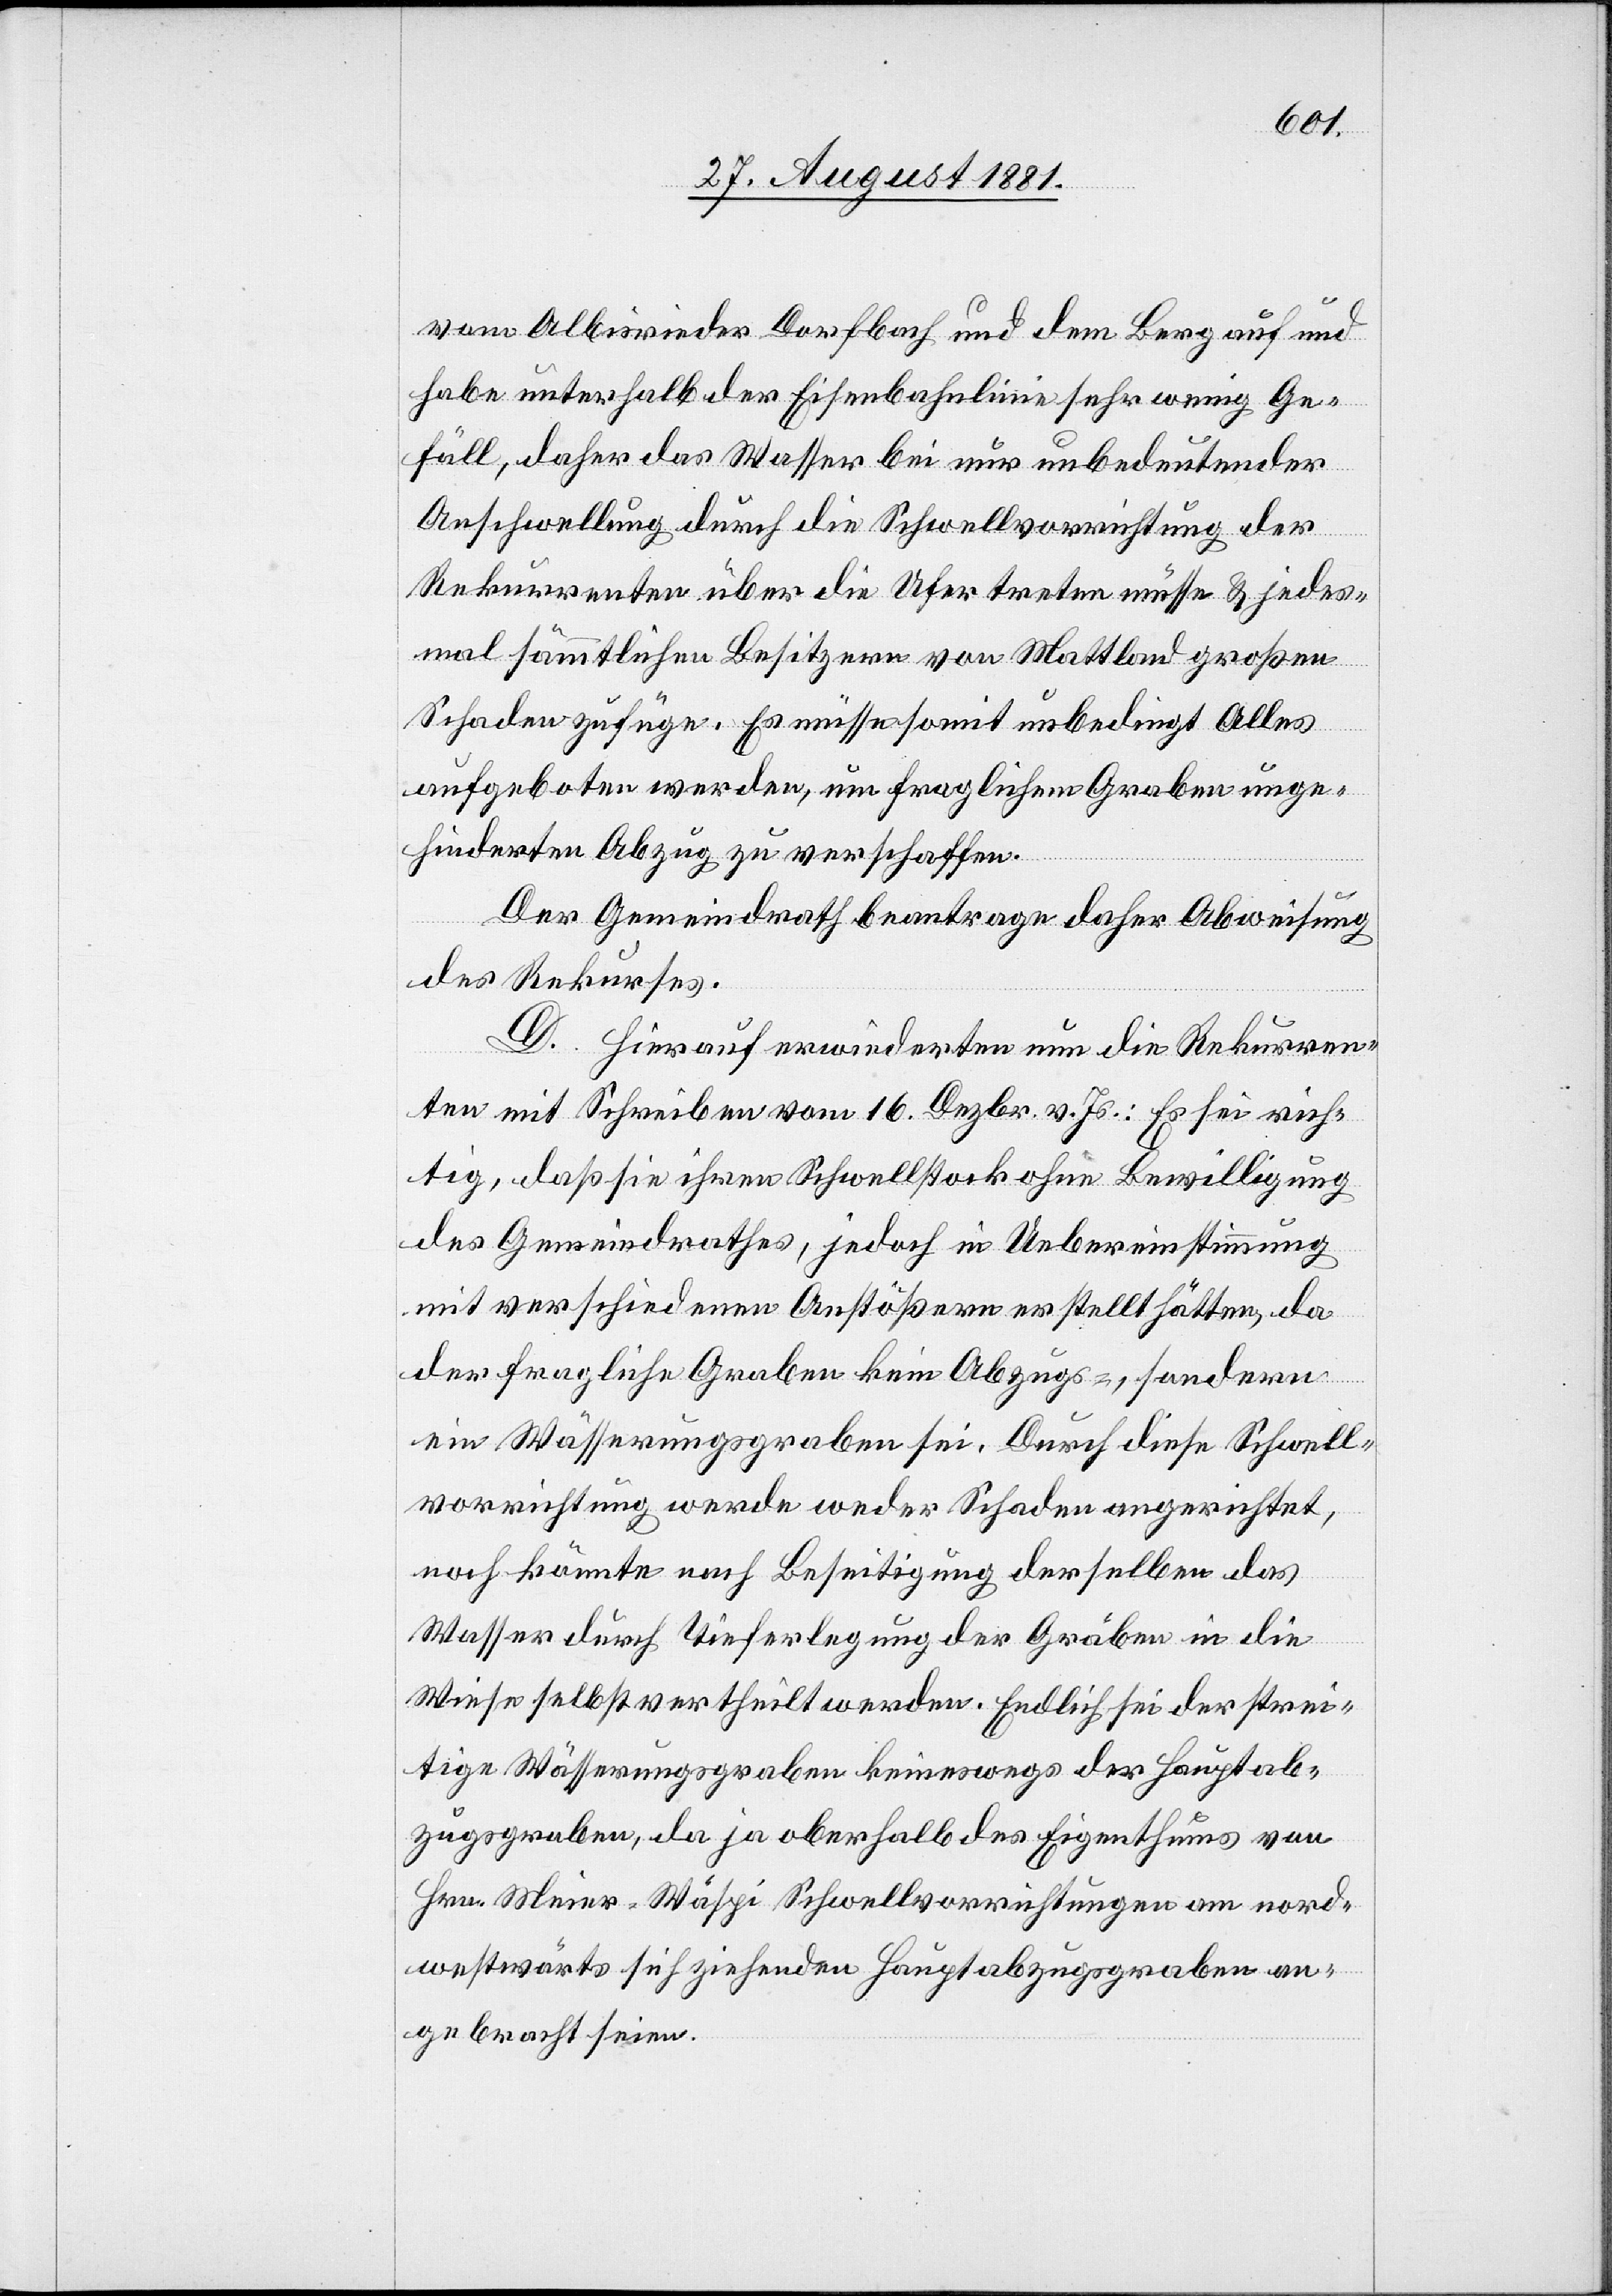
vom Albisrieder Dorfbach und dem Berg auf und
habe unterhalb der Eisenbahnlinie sehr wenig Ge¬
fäll, daher das Wasser bei nur unbedeutender
Aufschwellung durch die Schwellvorrichtung der
Rekurrenten über die Ufer treten müsse & jedes¬
mal sämmtlichen Besitzern von Mattland großen
Schaden zufüge. Es müsse somit unbedingt Alles
aufgeboten werden, um fraglichen Graben unge¬
hindert Abzug zu verschaffen.
Der Gemeindrath beantrage daher Abweisung
des Rekurses.
D. Hierauf erwiederten nun die Rekurren¬
ten mit Schreiben vom 16. Dezbr. v. Js.: Es sei rich¬
tig, daß sie ihren Schwellstock ohne Bewilligung
des Gemeindrathes, jedoch in Uebereinstimmung
mit verschiedenen Anstößern erstellt hätten, da
der fragliche Graben kein Abzugs-, sondern
ein Wässerungsgraben sei. Durch diese Schwell¬
vorrichtung werde weder Schaden angerichtet,
noch könnte nach Beseitigung derselben das
Wasser durch Tieferlegung der Gräben in die
Wiese selbst vertheilt werden. Endlich sei der strei¬
tige Wässerungsgraben keineswegs der Hauptab¬
zugsgraben, da ja oberhalb des Eigenthums von
Hrn. Meier-Wäspi Schwellvorrichtungen am nord¬
westwärts sich ziehenden Hauptabzugsgraben an¬
gebracht seien.